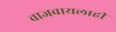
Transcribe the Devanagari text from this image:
वाजवायलाही